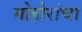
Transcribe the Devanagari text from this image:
मोहोरांचा